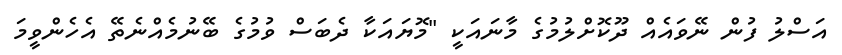
އަސްލު ފުން ނޭވައެއް ދޫކޮށްލުމުގެ މާނައަކީ "މޮޔައަކާ ދެބަސް ވުމުގެ ބޭނުމެއްނެތޭ އެހެންވީމަ